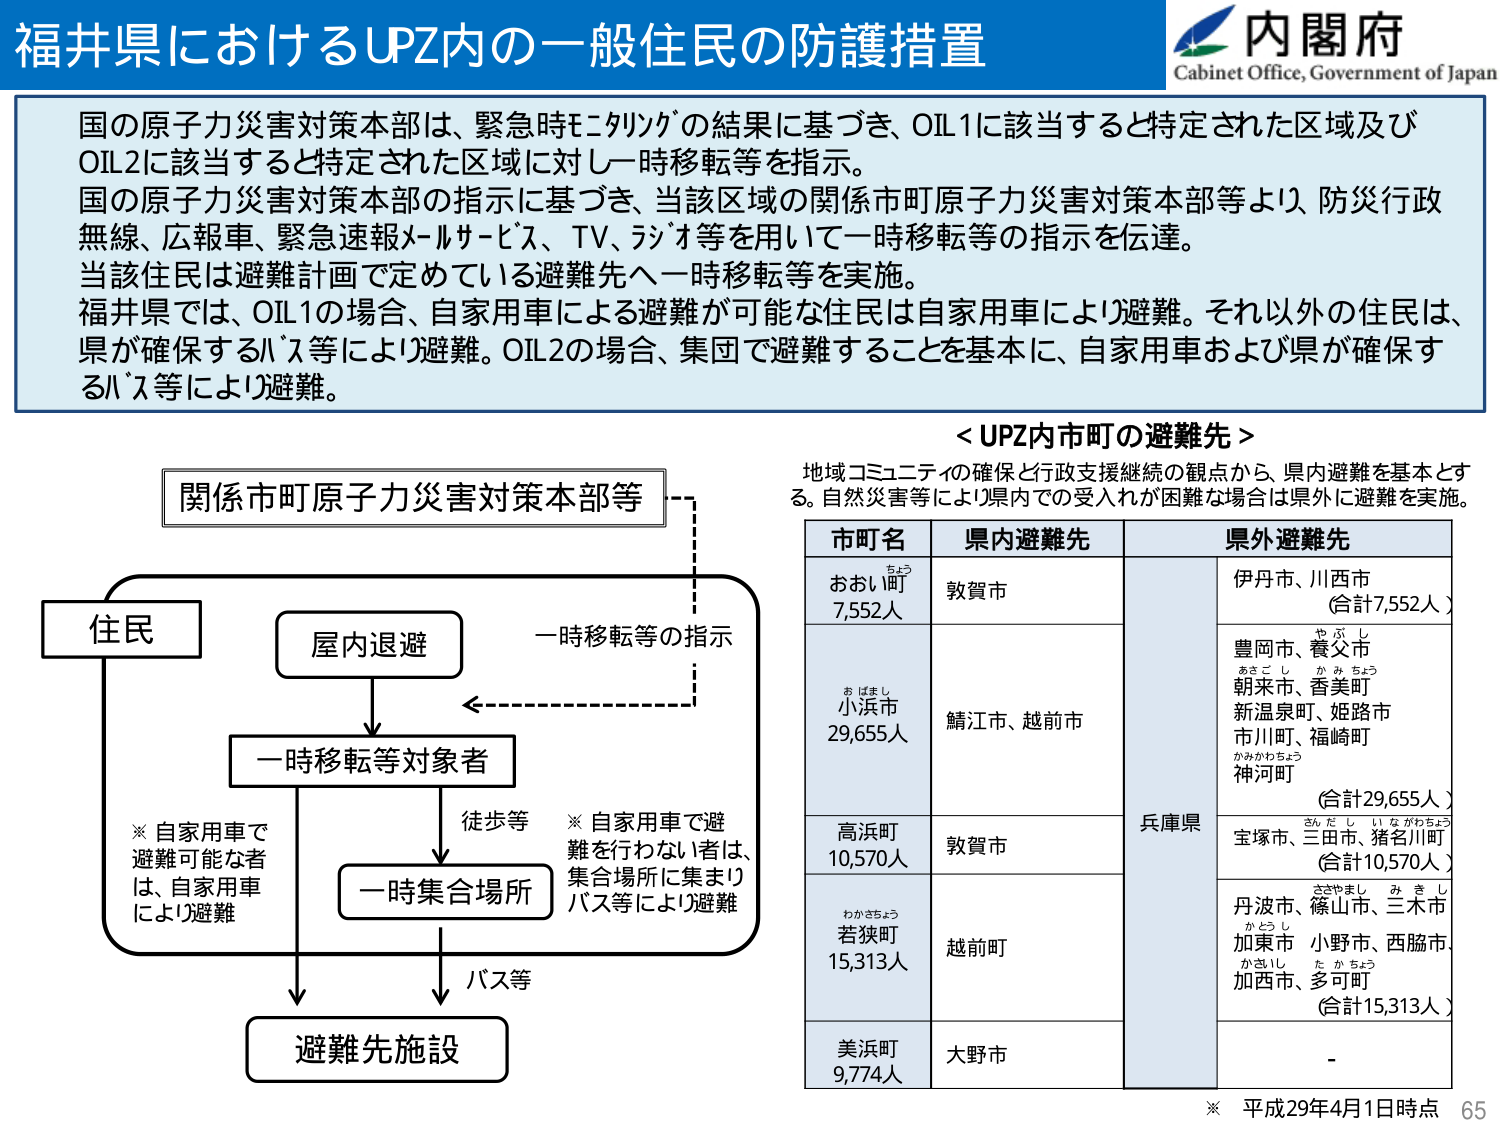
福井県におけるUPZ内の一一般住民の防護措置
内閣府
Cabinet Office, Government of Japan

国の原子力災害対策本部は、緊急時にクリッジの結果に基づき、OIL1に該当すると特定された区域及びOIL2に該当すると特定された区域に対し一時移転等を指示。
国の原子力災害対策本部の指示に基づき、当該区域の関係市町原子力災害対策本部等より、防災行政無線、広報車、緊急速報メールサービス、TV、ラジオ等を用いて一時移転等の指示を伝達。
当該住民は避難計画で定めている避難先へ一時移転等を実施。
福井県では、OIL1の場合、自家用車による避難が可能な住民は自家用車により避難。それ以外の住民は、県が確保するバス等により避難。OIL2の場合、集団で避難することを基本に、自家用車および県が確保するバス等により避難。

＜UPZ内市町の避難先＞
地域コミュニティの確保と行政支援継続の観点から、県内避難を基本とする。自然災害等により県内での受入れが困難な場合は県外に避難を実施。

関係市町原子力災害対策本部等
→一時移転等の指示
→住民
→屋内退避
→一時移転等対象者
→一時集合場所
→避難先施設

※自家用車で避難可能な者は、自家用車により避難
※自家用車で避難を行わない者は、集合場所に集まりバス等により避難
徒歩等
バス等

市町名 県内避難先 県外避難先
おおい町 7,552人 敦賀市 伊丹市、川西市 （合計7,552人）
小浜市 29,655人 鯖江市、越前市 兵庫県 豊岡市、養父市 朝来市、香美町 新温泉町、姫路市 市川町、福崎町 神河町 （合計29,655人）
高浜町 10,570人 敦賀市 宝塚市、三田市、猪名川町 （合計10,570人）
若狭町 15,313人 越前町 丹波市、篠山市、三木市 加東市、小野市、西脇市 加西市、多可町 （合計15,313人）
美浜町 9,774人 大野市 -

※ 平成29年4月1日時点 65